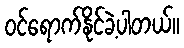
ဝင်ရောက်နိုင်ခဲ့ပါတယ်။